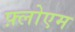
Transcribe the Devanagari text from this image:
फ़्लोएम